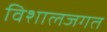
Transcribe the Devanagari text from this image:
विशालजगत